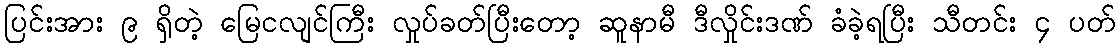
ပြင်းအား ၉ ရှိတဲ့ မြေငလျင်ကြီး လှုပ်ခတ်ပြီးတော့ ဆူနာမီ ဒီလှိုင်းဒဏ် ခံခဲ့ရပြီး သီတင်း ၄ ပတ်